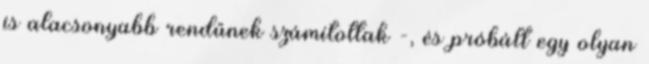
is alacsonyabb rendűnek számítottak -, és próbált egy olyan